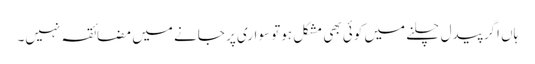
ہاں اگر پیدل چلنے میں کوئی بھی مشکل ہوتو سواری پر جانے میں مضائقہ نہیں۔